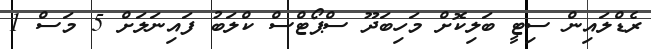
ރެޑްލައިން ސިޓީ ބަލިކޮށް މަހިބަދޫ ސްޕޯޓްސް ކްލަބު ފައިނަލަށް 5 މަސް 1